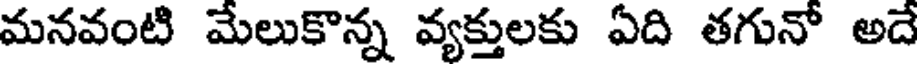
మనవంటి మేలుకొన్న వ్యక్తులకు ఏది తగునో అదే